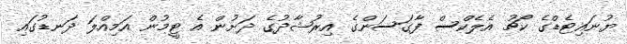
ޔުނައިޓެޑްގެ ކޯޗު އެލެކްސް ފާގަސަންގެ އިރުޝާދުގެ ދަށުން އެ ޓީމުން އަމިއްލަ ދަނޑުގައި